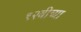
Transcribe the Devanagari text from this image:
१२वीच्या